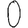
Digit: 0